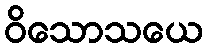
ဝိသောသယေ